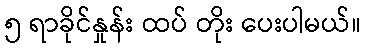
၅ ရာခိုင်နှုန်း ထပ် တိုး ပေးပါမယ်။